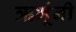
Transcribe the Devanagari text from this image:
ऋभूंनी